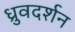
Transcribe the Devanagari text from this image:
ध्रुवदर्शन